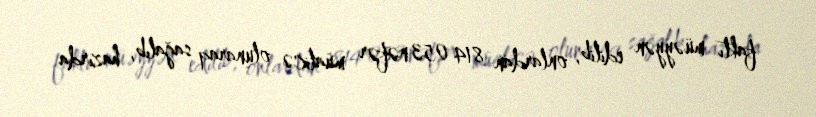
faktı müəyyən edilib, onlardan 814 053 nəfər müalicə olunaraq sağalıb, hazırda